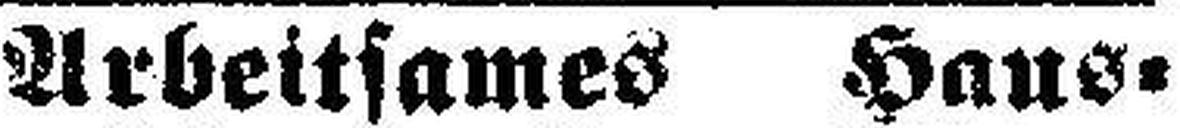
Arbeitsames Haus¬